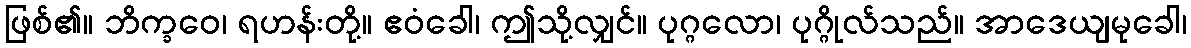
ဖြစ်၏။ ဘိက္ခဝေ၊ ရဟန်းတို့။ ဧဝံခေါ၊ ဤသို့လျှင်။ ပုဂ္ဂလော၊ ပုဂ္ဂိုလ်သည်။ အာဒေယျမုခေါ၊